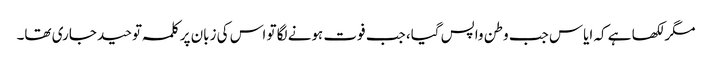
مگر لکھا ہے کہ ایاس جب وطن واپس گیا، جب فوت ہونے لگا تو اس کی زبان پر کلمہ توحید جاری تھا۔